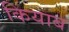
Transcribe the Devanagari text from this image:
कियाब